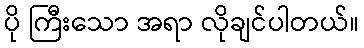
ပို ကြီးသော အရာ လိုချင်ပါတယ်။